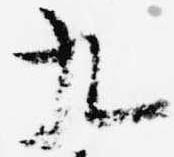
九